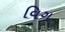
વિગ